Jaan_Tonisson_(Lasteleht), lk 260
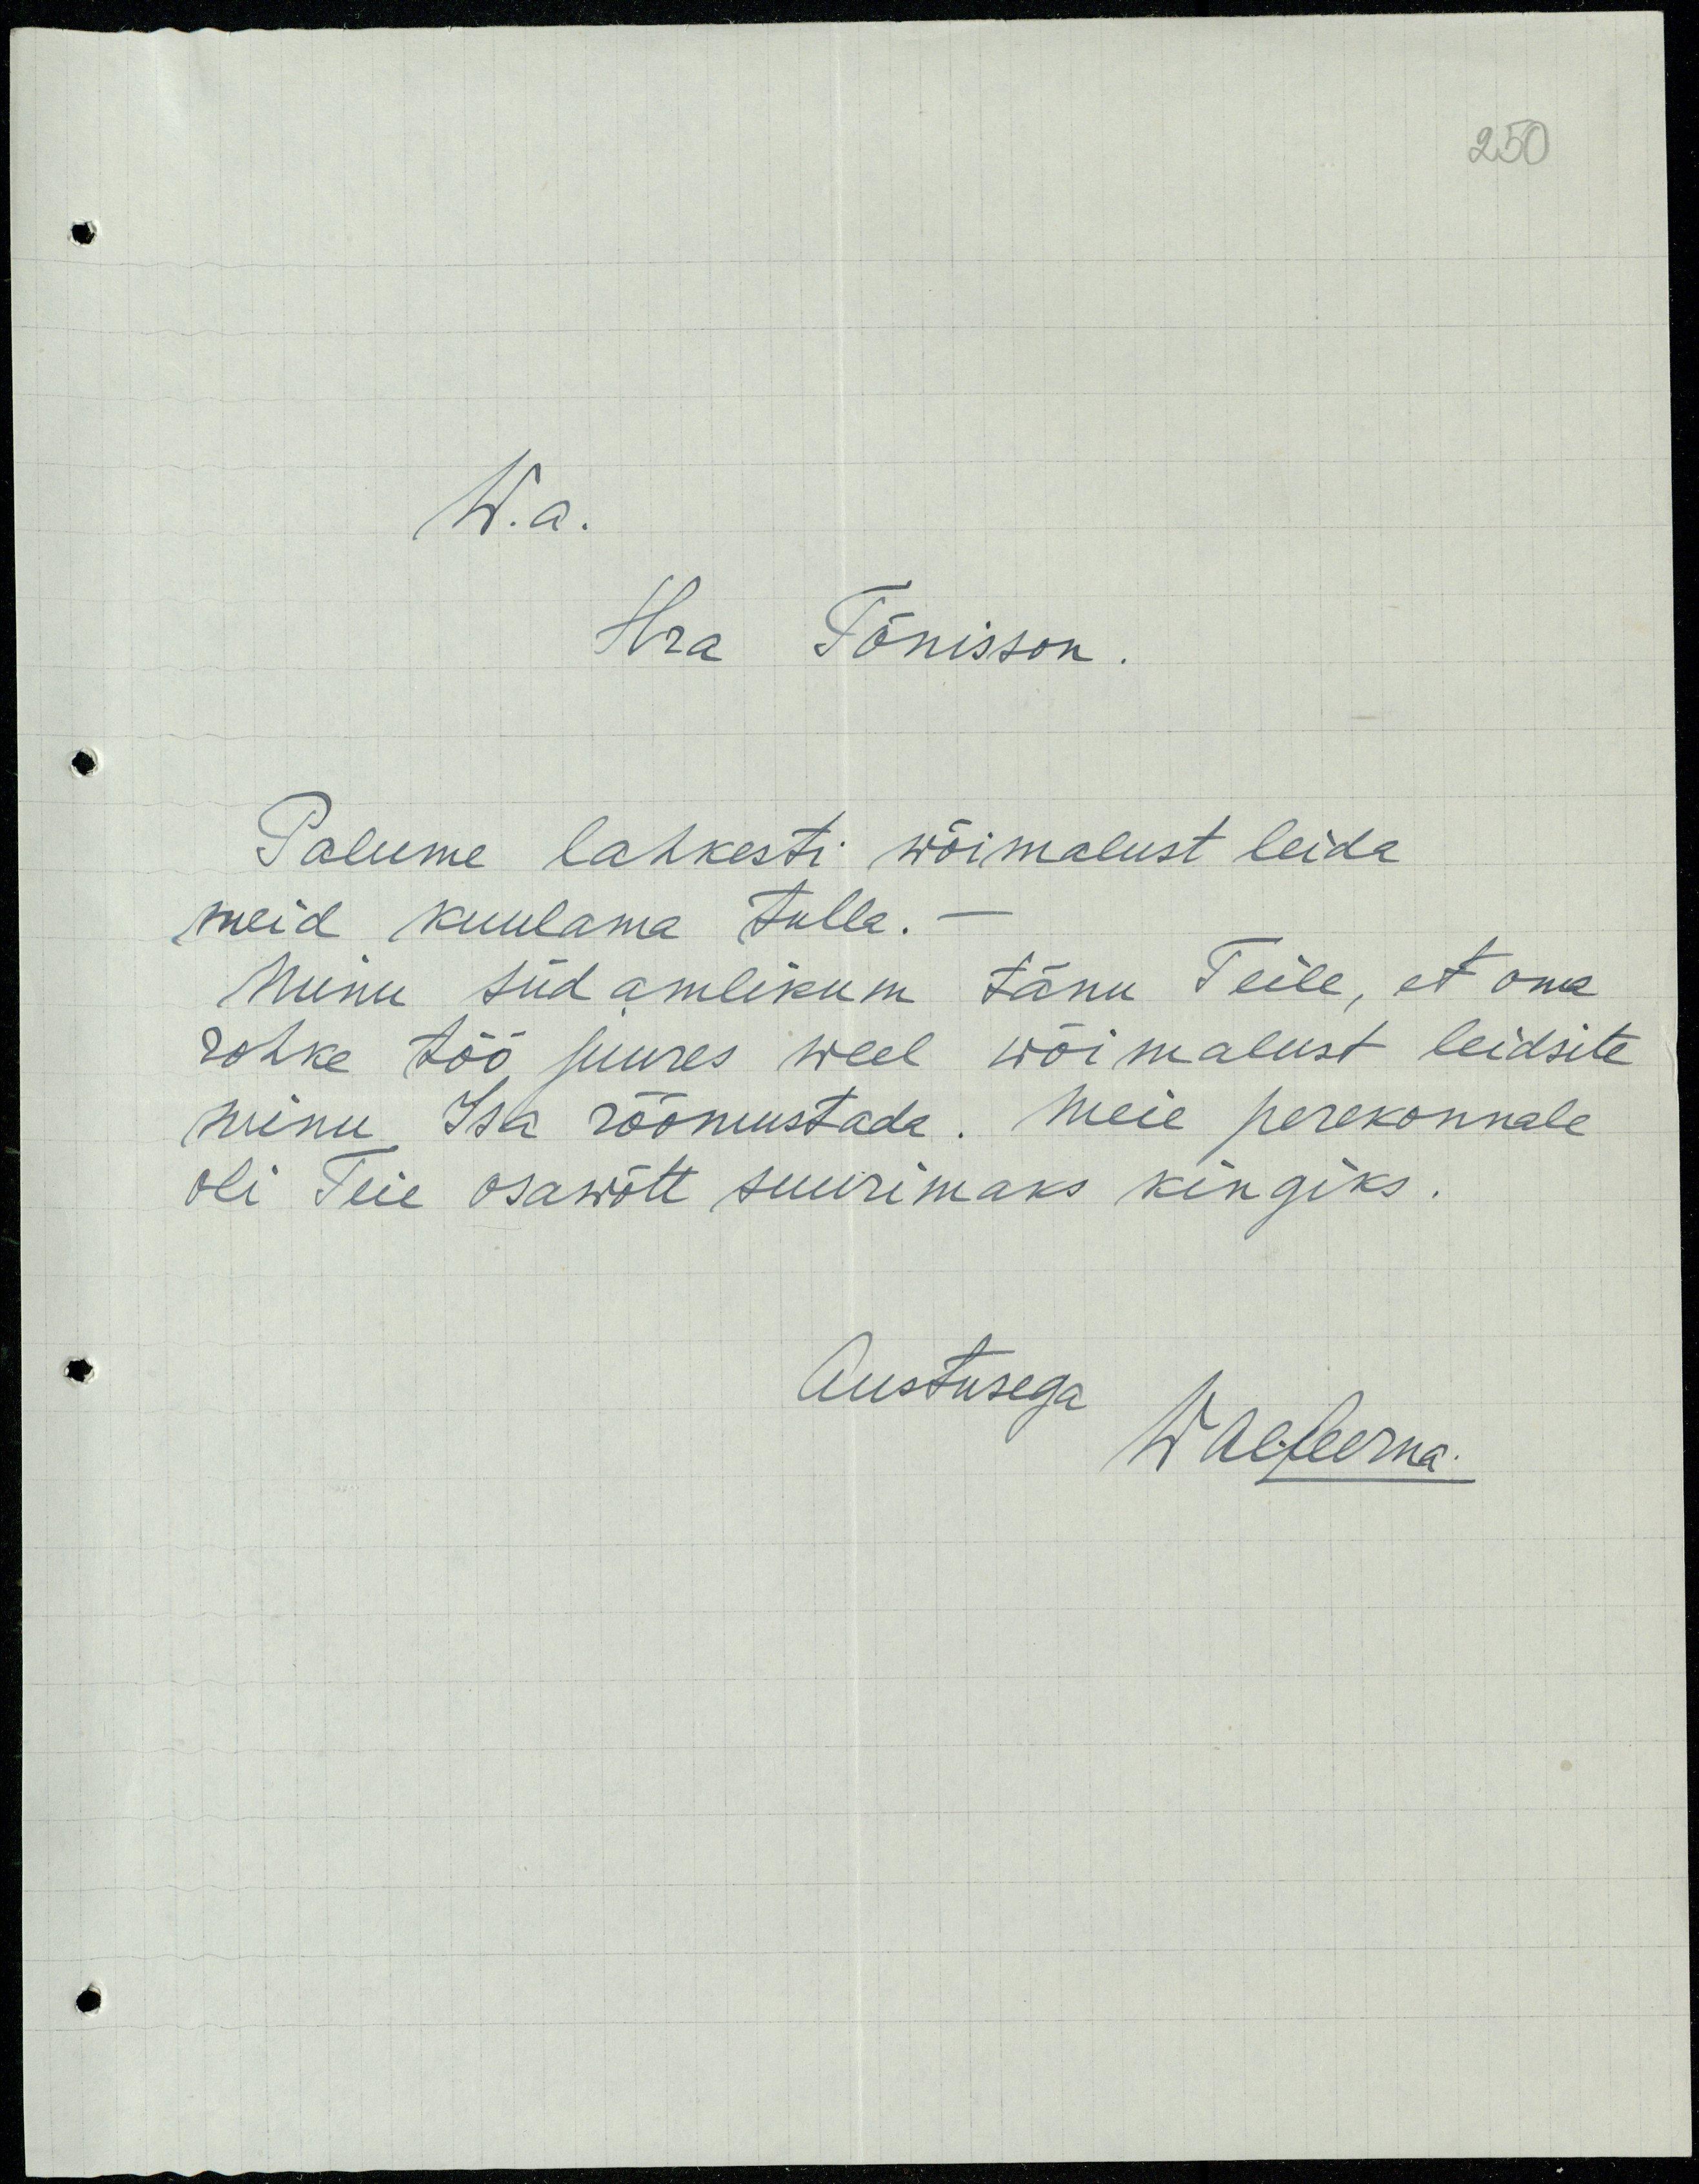
250

W.a.
Hra Tõnisson
Palume lahkesti wõimalust leida
meid kuulama tulla. -
Minu südamlikum tänu Teile, et oma
rohke töö juures weel wõimalust leidsite
minu Isa rõõmustada. Meie perekonnale
oli Teie osawõtt suurimaks kingiks.
Austusega
WAlPeerna